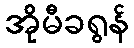
အိုမီခရွန်